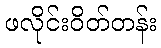
ဖလိုင်းဝိတ်တန်း